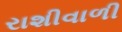
રાશીવાળી